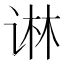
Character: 𰵱